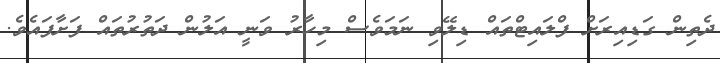
ދެތިން ގަޑިއިރަށް ފްލައިޓްތައް ޑިލޭވި ނަމަވެސް މިހާރު ވަނީ އަލުން ދަތުރުތައް ފަށާފައެވެ.